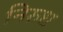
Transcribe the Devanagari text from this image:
निरुध